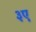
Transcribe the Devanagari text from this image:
३ए